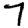
Digit: 7